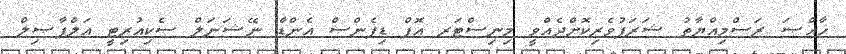
ޚާއްޞަ ރަސްމިއްޔާތު ޝަރަފުވެރިކޮށްދެއްވީ މިނިސްޓަރ އޮފް ޑިފެންސް އެންޑް ނޭޝަނަލް ސެކިއުރިޓީ އަލްފާޞިލް